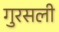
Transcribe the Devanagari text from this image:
गुरसली